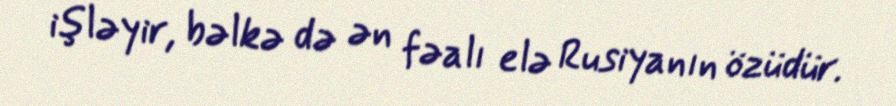
işləyir, bəlkə də ən fəalı elə Rusiyanın özüdür.